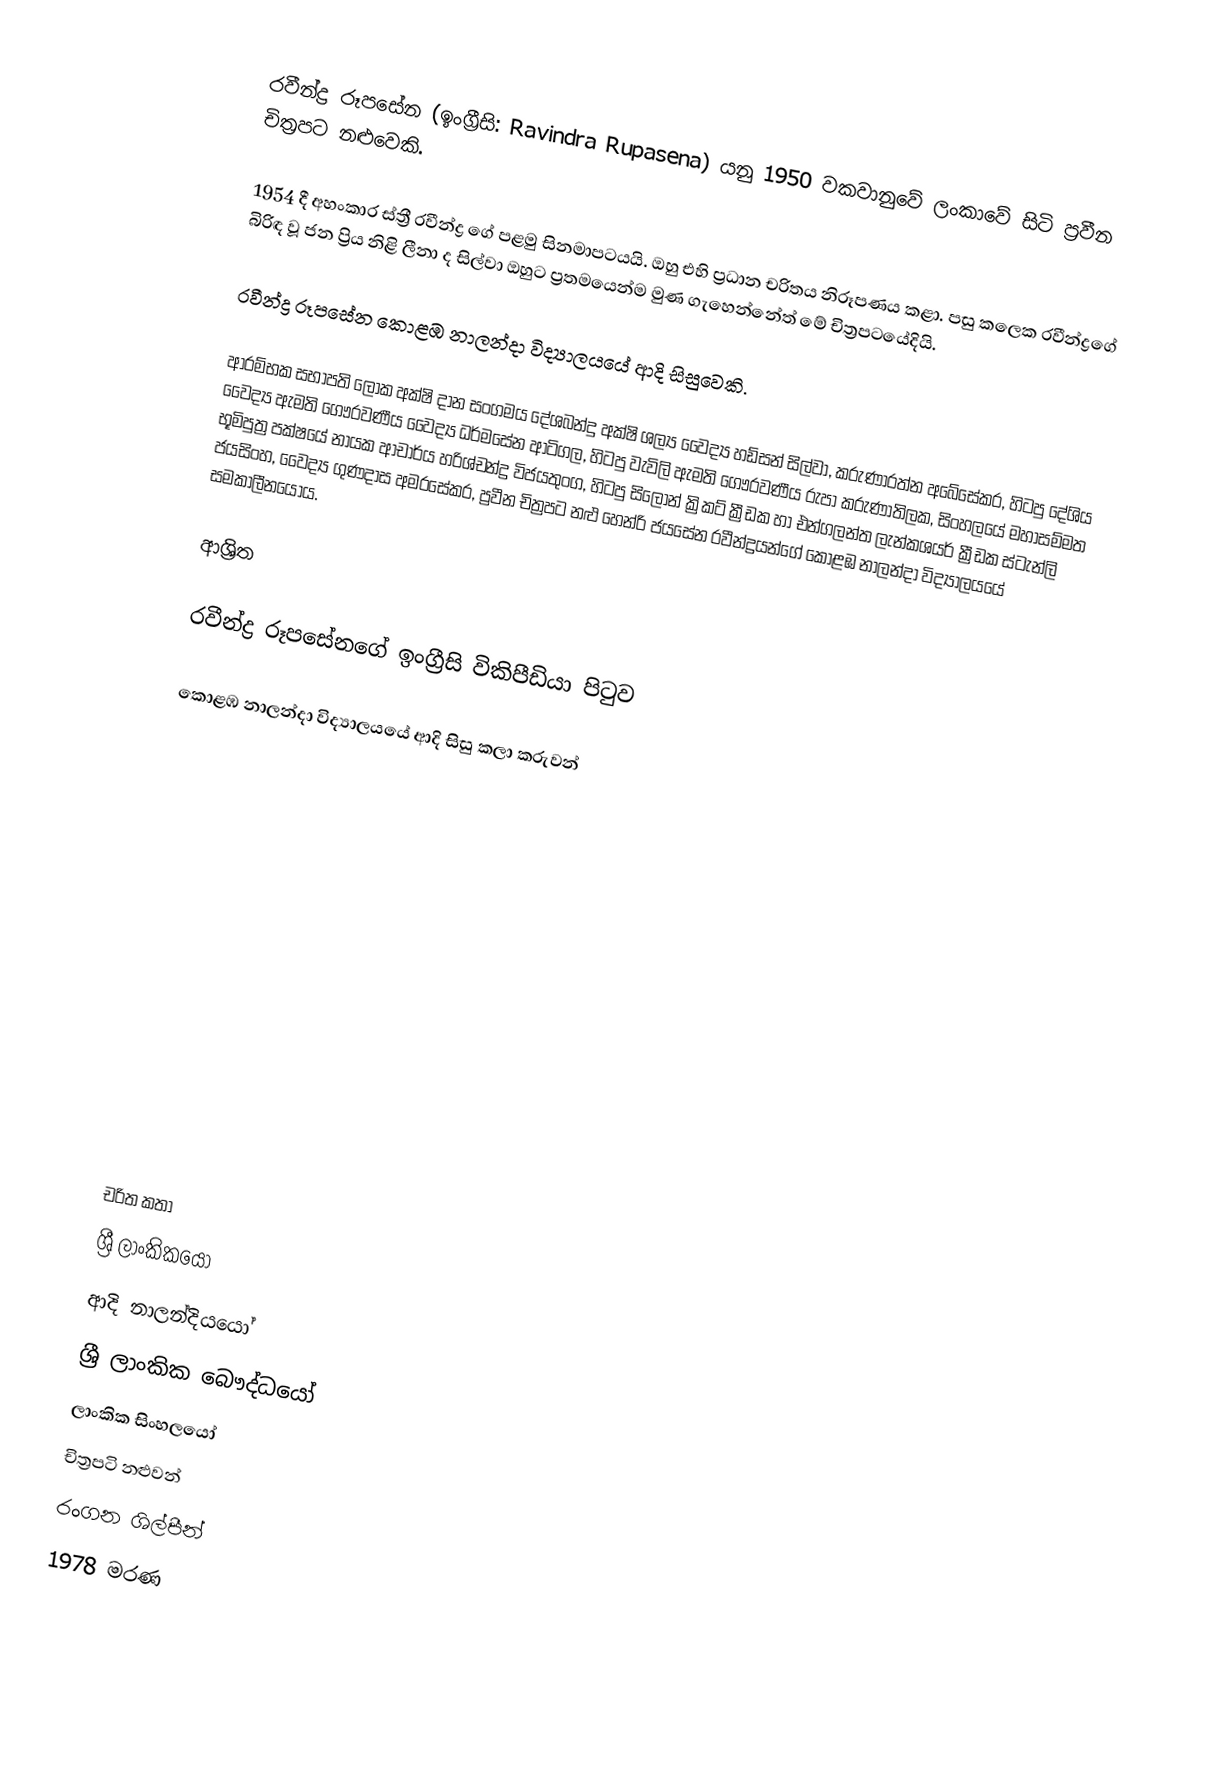
රවීන්ද්‍ර රූපසේන (ඉංග්‍රීසි: Ravindra Rupasena) යනු  1950 වකවානුවේ ලංකාවේ සිටි ප්‍රවීන චිත්‍රපට නළුවෙකි.

1954 දී අහංකාර ස්ත්‍රී රවීන්ද්‍ර ගේ පළමු සිනමාපටයයි. ඔහු එහි ප්‍රධාන චරිතය නිරූපණය කළා. පසු කලෙක රවීන්ද්‍රගේ බිරිඳ වූ ජන ප්‍රිය නිළි ලීනා ද සිල්වා ඔහුට ප්‍රතමයෙන්ම මුණ ගැහෙන්නේත්  මේ චිත්‍රපටයේදියි.

රවීන්ද්‍ර රූපසේන  කොළඹ නාලන්දා විද්‍යාලයයේ ආදි සිසුවෙකි.

ආරම්භක සභාපති ලෝක අක්ෂි දාන සංගමය දේශබන්දු අක්ෂි ශල්‍ය වෛද්‍ය හඩ්සන් සිල්වා, කරුණාරත්න අබේසේකර, හිටපු දේශිය වෛද්‍ය ඇමති ගෞරවණීය වෛද්‍ය ධර්මසේන ආටිගල, හිටපු වැවිලි ඇමති ගෞරවණීය  රුපා කරුණාතිලක, සිංහලයේ මහාසම්මත භූමිපුත්‍ර පක්ෂයේ නායක ආචාර්ය හරිශ්චන්ද්‍ර විජයතුංග, හිටපු සිලෝන් ක්‍රිකට් ක්‍රීඩක හා එන්ගලන්ත ලැන්කශයර් ක්‍රීඩක ස්ටැන්ලි ජයසිංහ, වෛද්‍ය ගුණදාස අමරසේකර, ප්‍රවීන චිත්‍රපට නළු හෙන්රි ජයසේන රවීන්ද්‍රයන්ගේ කොළඹ නාලන්දා විද්‍යාලයයේ සමකාලීනයෝය.

ආශ්‍රිත

  රවීන්ද්‍ර රූපසේනගේ ඉංග්‍රීසි විකිපීඩියා පිටුව

 කොළඹ නාලන්දා විද්‍යාලයයේ ආදි සිසු කලා කරුවන්

චරිත කතා
ශ්‍රී ලාංකිකයෝ
ආදි නාලන්දියයෝ
ශ්‍රී ලාංකික බෞද්ධයෝ
ලාංකික සිංහලයෝ
චිත්‍රපටි නළුවන්
රංගන ශිල්පීන්
1978 මරණ